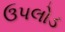
ઉપલોડ